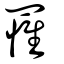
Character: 罹